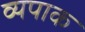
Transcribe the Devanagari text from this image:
व्यपाक